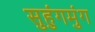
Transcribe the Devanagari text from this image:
सुहुंगमुंग